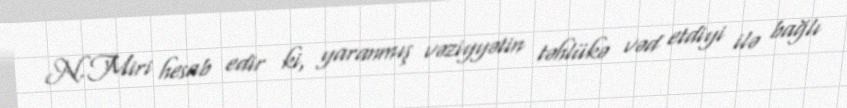
N.Miri hesab edir ki, yaranmış vəziyyətin təhlükə vəd etdiyi ilə bağlı